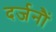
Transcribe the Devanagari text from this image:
दर्जनौं